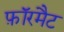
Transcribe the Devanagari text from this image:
फ़ॉरमैट